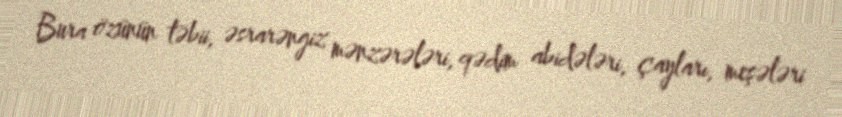
Bura özünün təbii, əsrarəngiz mənzərələri, qədim abidələri, çayları, meşələri